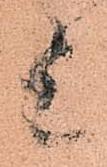
上